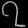
Digit: ၇